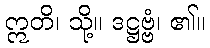
ဣတိ၊ သို့။ ဒဋ္ဌဗ္ဗံ၊ ၏။